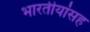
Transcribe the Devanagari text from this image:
भारतीयांसह